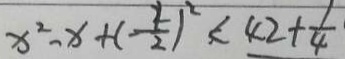
x ^ { 2 } - x + ( - \frac { 1 } { 2 } ) ^ { 2 } < 4 2 + \frac { 1 } { 4 }